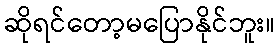
ဆိုရင်တော့မပြောနိုင်ဘူး။